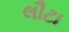
લૌટા